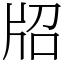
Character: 牊